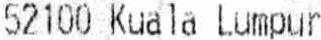
52100 KUALA LUMPUR